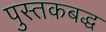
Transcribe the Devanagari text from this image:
पुस्तकबद्ध